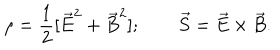
\rho = { \frac { 1 } { 2 } } [ \vec { E } ^ { 2 } + \vec { B } ^ { 2 } ] ; \qquad \vec { S } = \vec { E } \times \vec { B } .